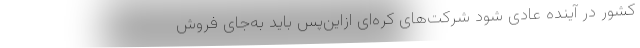
کشور در آینده عادی شود شرکت‌های کره‌ای ازاین‌پس باید به‌جای فروش